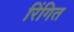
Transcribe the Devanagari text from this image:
रिंगित